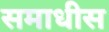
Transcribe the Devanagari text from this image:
समाधीस